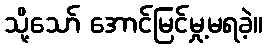
သို့သော် အောင်မြင်မှု့မရခဲ့။